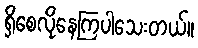
ရှိစေလိုနေကြပါသေးတယ်။